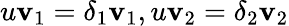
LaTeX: u\mathbf{v}_{1}=\delta_{1}\mathbf{v}_{1},u\mathbf{v}_{2}=\delta_{2}\mathbf{v}_{2}